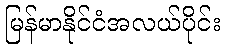
မြန်မာနိုင်ငံအလယ်ပိုင်း